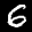
Label: 6